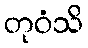
တုဝံသိ